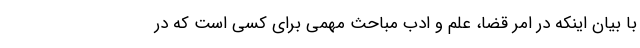
با بیان اینکه در امر قضا، علم و ادب مباحث مهمی برای کسی است که در